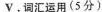
V.词汇运用(5分)